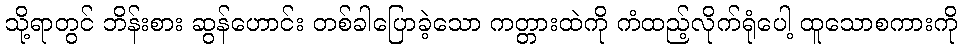
သို့ရာတွင် ဘိန်းစား ဆွန်ဟောင်း တစ်ခါပြောခဲ့သော ကတ္တားထဲကို ကံထည့်လိုက်ရုံပေါ့ ထူသောစကားကို